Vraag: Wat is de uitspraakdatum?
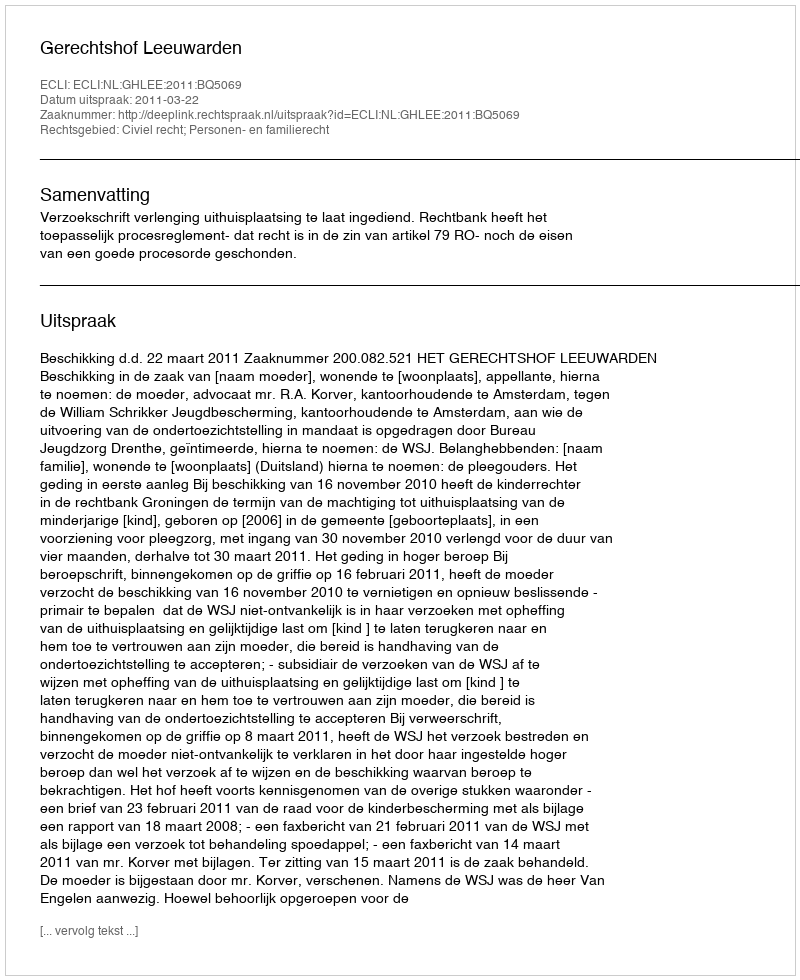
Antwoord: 2011-03-22